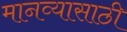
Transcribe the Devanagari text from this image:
मानव्यासाठी